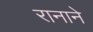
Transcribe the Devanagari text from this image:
रानाने